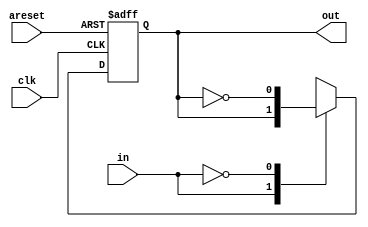
module firstfsm(input clk,input areset, input in, output out);
  parameter A = 0, B= 1;
  reg state, next; 
  
  always@(*) 
  begin 
    case(in) 
      1: next <= state;
      0: next <= ~state;
    endcase 
  end
  
  always @(posedge clk, posedge areset) 
  begin 
    if (areset ) 
    begin 
      state = B; 
    end 
    else begin 
      state <= next; 
    end 
  end
  
  assign out = state; 
endmodule